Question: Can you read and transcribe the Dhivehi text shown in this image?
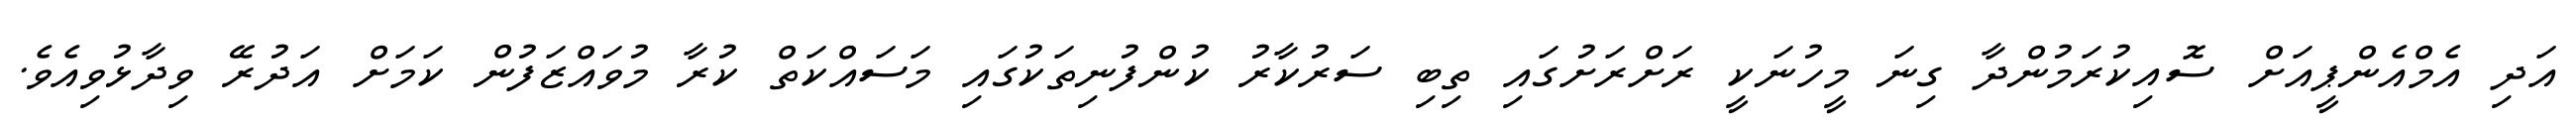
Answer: އަދި އެމްއެންޕީއަށް ސޮއިކުރަމުންދާ ގިނަ މީހުނަކީ ރަށްރަށުގައި ތިބި ސަރުކާރު ކުންފުނިތަކުގައި މަސައްކަތް ކުރާ މުވައްޒަފުން ކަމަށް އަދުރޭ ވިދާޅުވިއެވެ.